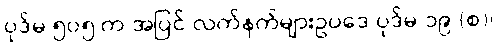
ပုဒ်မ ၅၀၅ က အပြင် လက်နက်များဥပဒေ ပုဒ်မ ၁၉ (စ)၊